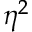
\eta ^ { 2 }